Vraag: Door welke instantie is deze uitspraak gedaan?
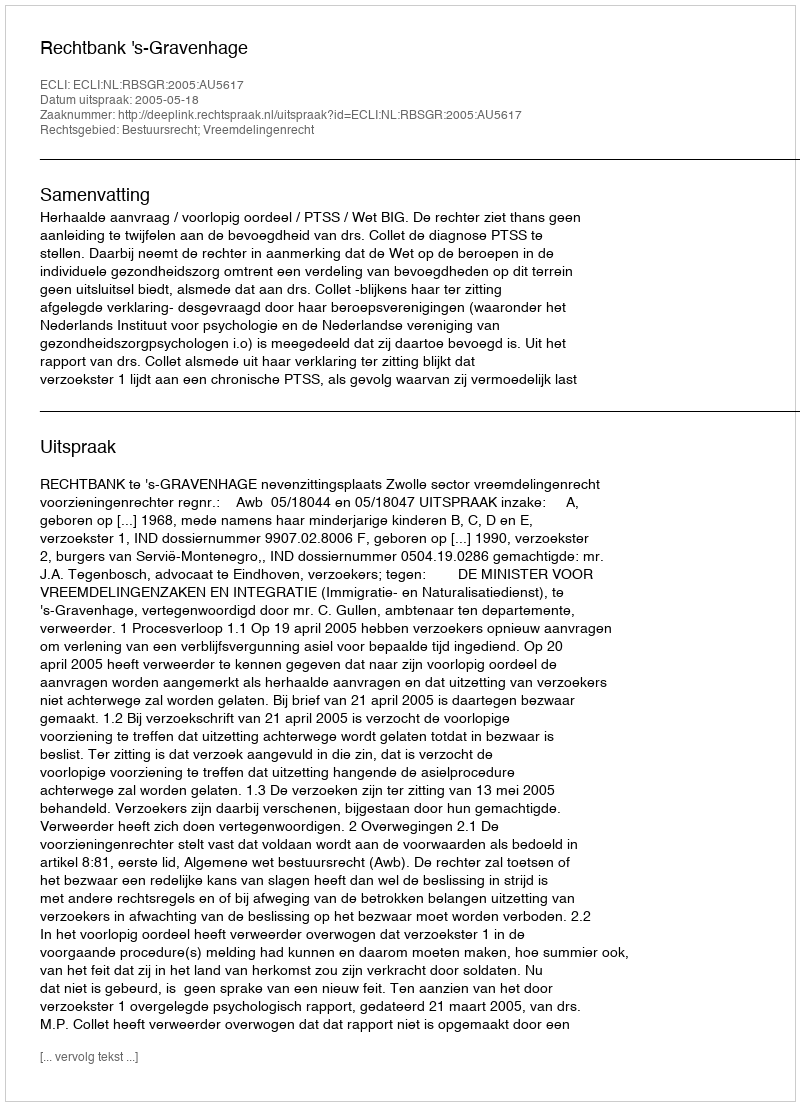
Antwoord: Rechtbank 's-Gravenhage